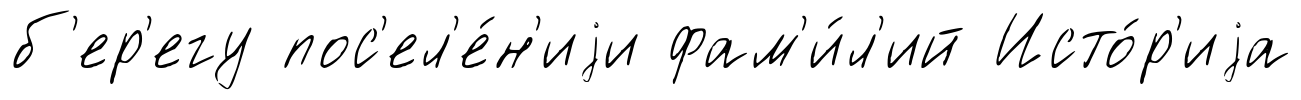
б'ер'егу пос'ел'е́н'иjи фам'и́л'ий Исто́р'иjа